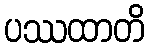
ပဿထာတိ